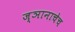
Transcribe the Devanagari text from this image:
ज्ञानाचेच